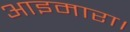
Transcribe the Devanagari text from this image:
आइमारा।